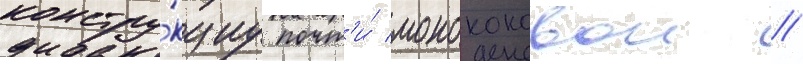
констру́кциу почт'и́ монококовои //